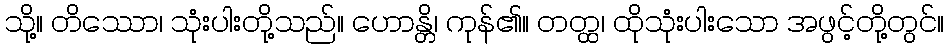
သို့။ တိဿော၊ သုံးပါးတို့သည်။ ဟောန္တိ၊ ကုန်၏။ တတ္ထ၊ ထိုသုံးပါးသော အဖွင့်တို့တွင်။